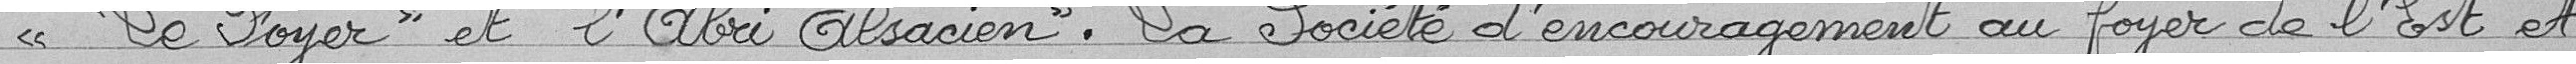
" "Le Foyer" et "l'Abri Alsacien", "La société d'encouragement au foyer de l'Est" et